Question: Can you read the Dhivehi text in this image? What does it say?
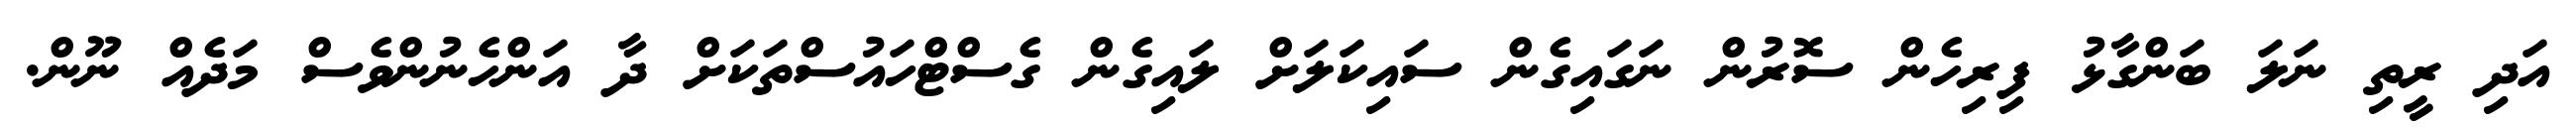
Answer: އަދި ރީތި ނަލަ ބަންގާޅު ފިރިހެން ސޮރުން ނަގައިގެން ސައިކަލަށް ލައިގެން ގެސްޓްހައުސްތަކަށް ދާ އަންހެނުންވެސް މަދެއް ނޫން.